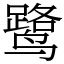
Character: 鹭